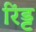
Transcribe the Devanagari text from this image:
रिंड्ट